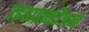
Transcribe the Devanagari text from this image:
उइहाइन्होंजन